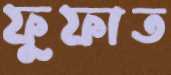
ফুফাত